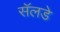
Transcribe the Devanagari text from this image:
सॅलडे